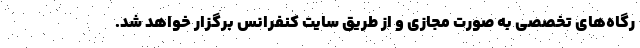
رگاه‌های تخصصی به صورت مجازی و از طریق سایت کنفرانس برگزار خواهد شد.